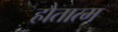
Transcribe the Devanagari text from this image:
हौतात्म